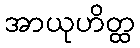
အာယုဟိတ္ထ